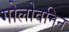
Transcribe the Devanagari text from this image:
गोलोवनिन